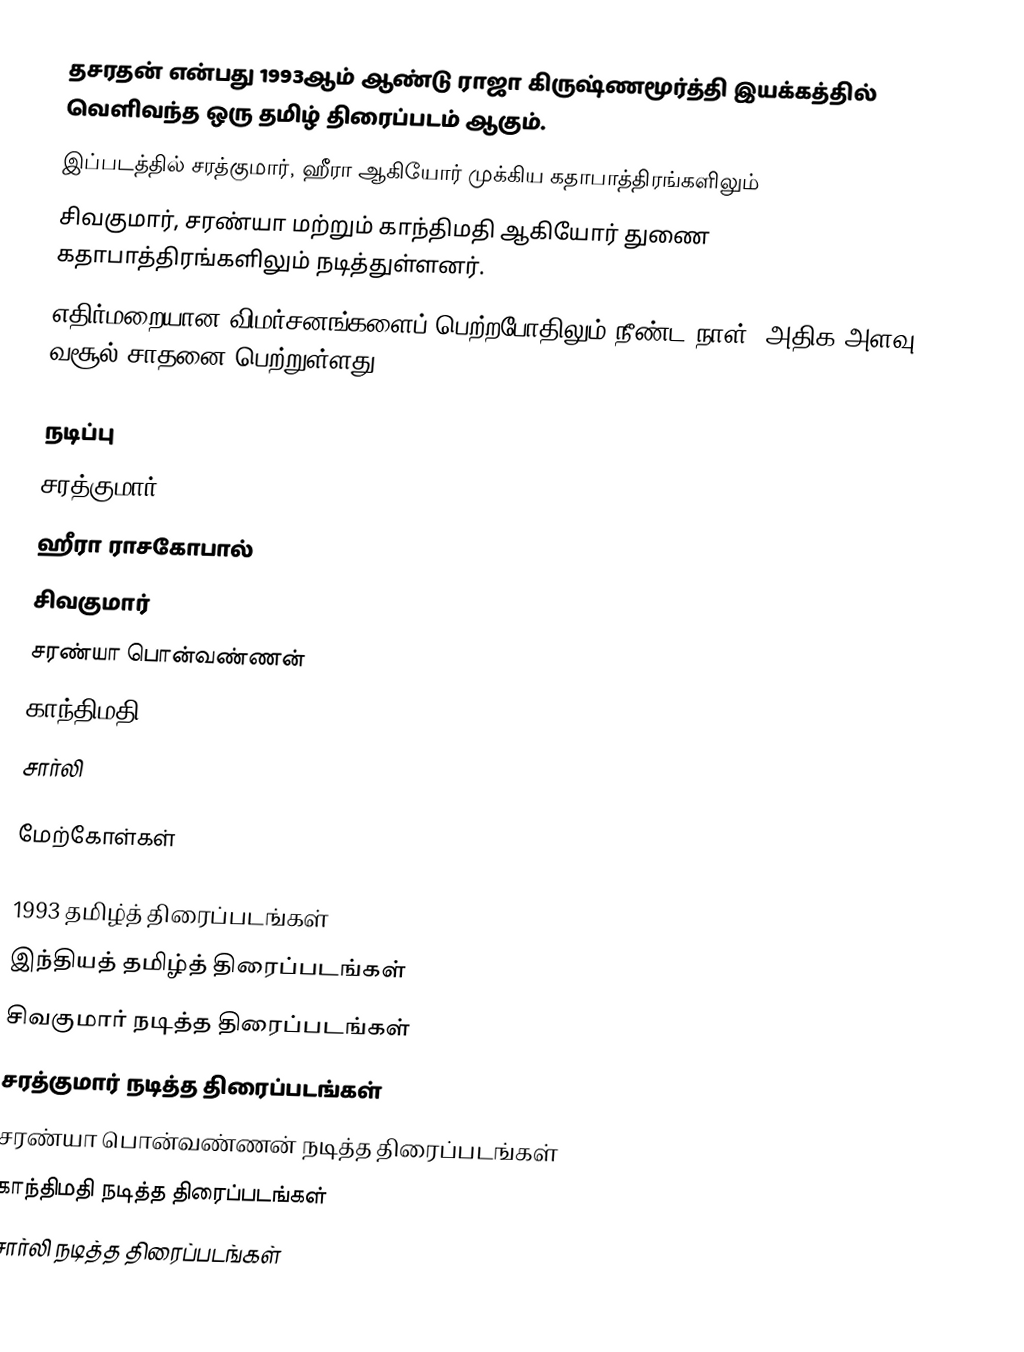
தசரதன் என்பது 1993ஆம் ஆண்டு ராஜா கிருஷ்ணமூர்த்தி இயக்கத்தில் வெளிவந்த ஒரு தமிழ் திரைப்படம் ஆகும்.
இப்படத்தில் சரத்குமார், ஹீரா ஆகியோர் முக்கிய கதாபாத்திரங்களிலும்
சிவகுமார், சரண்யா மற்றும் காந்திமதி ஆகியோர் துணை கதாபாத்திரங்களிலும் நடித்துள்ளனர்.
எதிர்மறையான விமர்சனங்களைப் பெற்றபோதிலும் நீண்ட நாள், அதிக அளவு வசூல் சாதனை பெற்றுள்ளது

நடிப்பு
 சரத்குமார்
 ஹீரா ராசகோபால்
 சிவகுமார்
 சரண்யா பொன்வண்ணன்
 காந்திமதி
 சார்லி

மேற்கோள்கள்

1993 தமிழ்த் திரைப்படங்கள்
இந்தியத் தமிழ்த் திரைப்படங்கள்
சிவகுமார் நடித்த திரைப்படங்கள்
சரத்குமார் நடித்த திரைப்படங்கள்
சரண்யா பொன்வண்ணன் நடித்த திரைப்படங்கள்
காந்திமதி நடித்த திரைப்படங்கள்
சார்லி நடித்த திரைப்படங்கள்